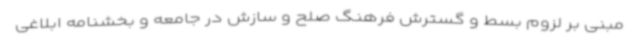
مبنی بر لزوم بسط و گسترش فرهنگ صلح و سازش در جامعه و بخشنامه ابلاغی